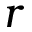
r